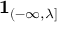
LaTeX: \mathbf { 1 } _ { ( - \infty , \lambda ] }